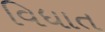
વિધાત